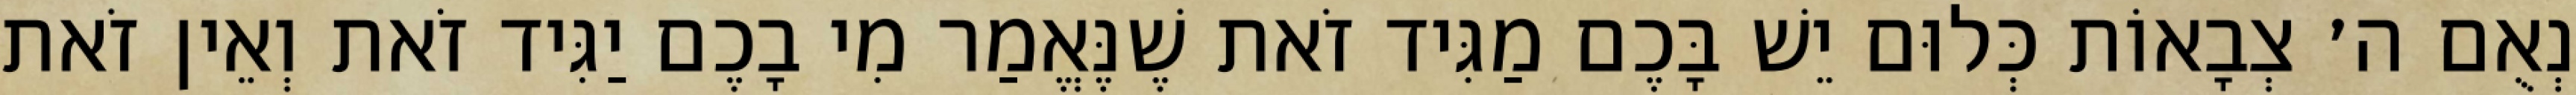
נְאֻם ה׳ צְבָאוֹת כְּלוּם יֵשׁ בָּכֶם מַגִּיד זֹאת שֶׁנֶּאֱמַר מִי בָכֶם יַגִּיד זֹאת וְאֵין זֹאת